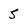
Character: 5